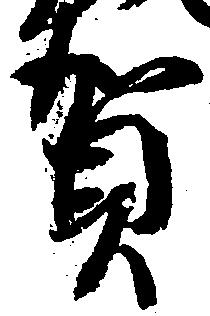
賀